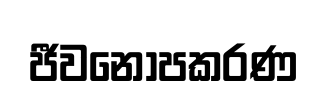
ජීවනෝපකරණ